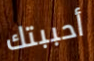
أحببتك